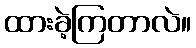
ထားခဲ့ကြတာလဲ။